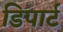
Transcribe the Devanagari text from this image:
डिपार्ट